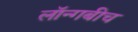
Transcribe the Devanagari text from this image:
लॉन्गबीच